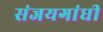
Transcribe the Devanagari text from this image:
संजयगांधी